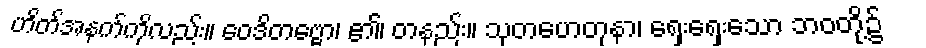
ဟိတ်အနက်ကိုလည်း။ ဝေဒိတဗ္ဗော၊ ၏၊ တနည်း။ သုတဟေတုနာ၊ ရှေးရှေးသော ဘဝတို့၌